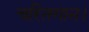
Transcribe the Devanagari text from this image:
चरितगान।